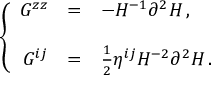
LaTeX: \left\{ \begin{array} { r c l } { { G ^ { z z } } } & { { = } } & { { - H ^ { - 1 } \partial ^ { 2 } H \, , } } \\ { { } } & { { } } & { { } } \\ { { G ^ { i j } } } & { { = } } & { { \frac { 1 } { 2 } \eta ^ { i j } H ^ { - 2 } \partial ^ { 2 } H \, . } } \end{array} \right.